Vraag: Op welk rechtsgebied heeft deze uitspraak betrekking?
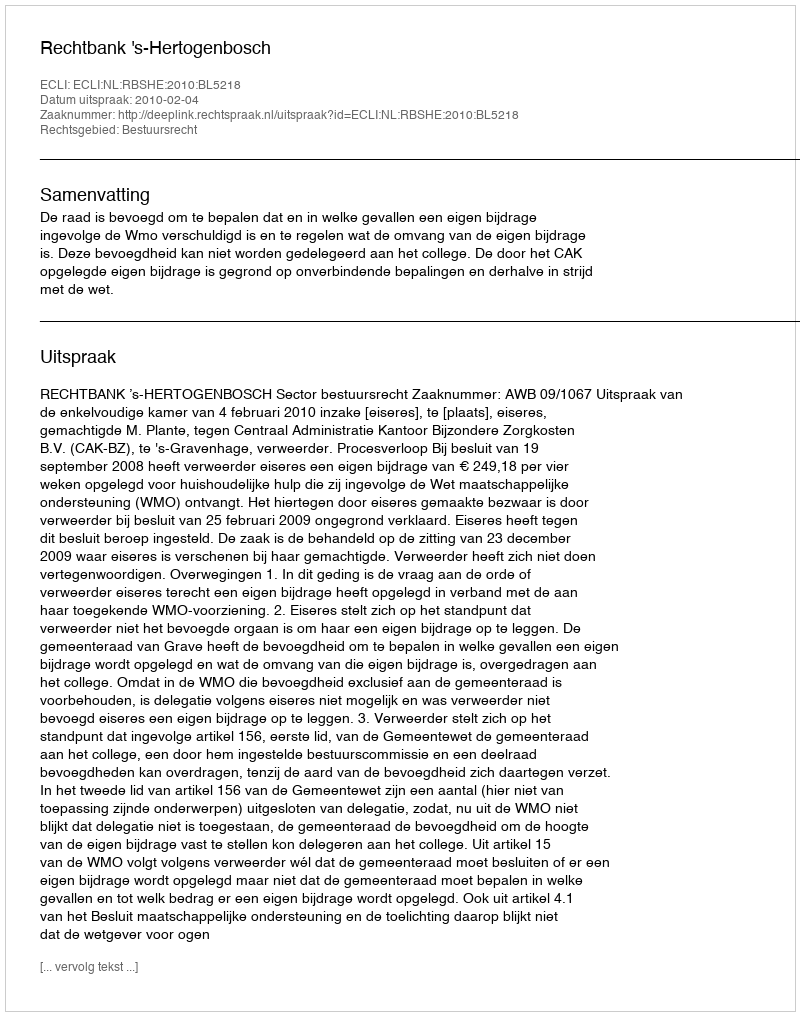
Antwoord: Bestuursrecht